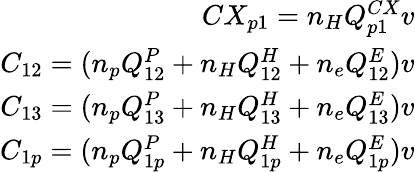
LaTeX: \begin{array}{r}{CX_{p1}=n_{H}Q_{p1}^{CX}v}\\ {C_{12}=(n_{p}Q_{12}^{P}+n_{H}Q_{12}^{H}+n_{e}Q_{12}^{E})v}\\ {C_{13}=(n_{p}Q_{13}^{P}+n_{H}Q_{13}^{H}+n_{e}Q_{13}^{E})v}\\ {C_{1p}=(n_{p}Q_{1p}^{P}+n_{H}Q_{1p}^{H}+n_{e}Q_{1p}^{E})v}\end{array}